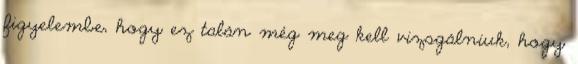
figyelembe, hogy ez talán még meg kell vizsgálniuk, hogy